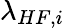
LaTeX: \lambda_{HF,i}